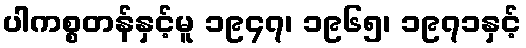
ပါကစ္စတန်နှင့်မူ ၁၉၄၇၊ ၁၉၆၅၊ ၁၉၇၁နှင့်